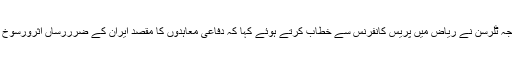
امریکی وزیرِ خارجہ ٹِلرسن نے ریاض میں پریس کانفرنس سے خطاب کرتے ہوئے کہا کہ دفاعی معاہدوں کا مقصد ایران کے ضرررساں اثرورسوخ کا مقابلہ کرنا ہے۔